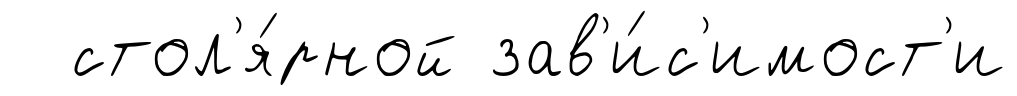
стол'я́рной зав'и́с'имост'и